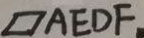
\square A E D F .